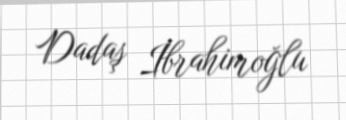
Dadaş İbrahimoğlu